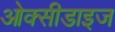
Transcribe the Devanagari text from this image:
ओक्सीडाइज